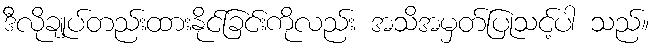
ဒီလိုချုပ်တည်းထားနိုင်ခြင်းကိုလည်း အသိအမှတ်ပြုသင့်ပါ သည်။